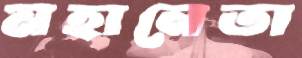
মহানেতা